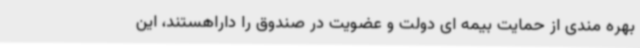
بهره مندی از حمایت بیمه ای دولت و عضویت در صندوق را داراهستند، این